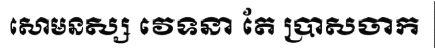
សោមនស្ស វេទនា តែ ប្រាសចាក